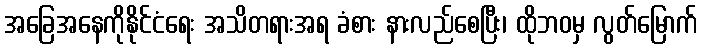
အခြေအနေကိုနိုင်ငံရေး အသိတရားအရ ခံစား နားလည်စေပြီး၊ ထိုဘဝမှ လွတ်မြောက်